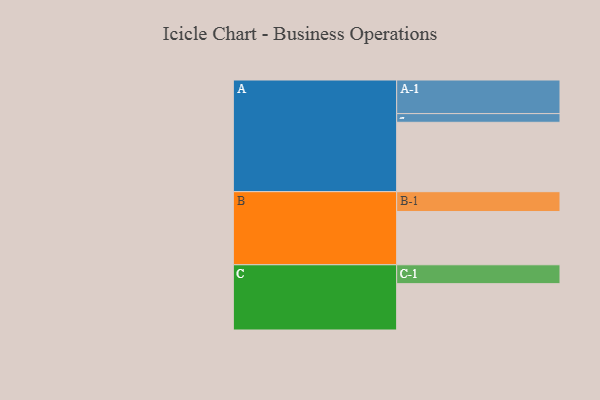
{"axis": {"x": "Segment", "y": "Value"}, "legend": ["", "A", "B", "C"], "data": [{"x": "A", "y": 599, "type": ""}, {"x": "B", "y": 460, "type": ""}, {"x": "C", "y": 400, "type": ""}, {"x": "A-1", "y": 290, "type": "A"}, {"x": "A-2", "y": 75, "type": "A"}, {"x": "B-1", "y": 171, "type": "B"}, {"x": "C-1", "y": 163, "type": "C"}]}